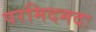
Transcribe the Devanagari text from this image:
परमिदमदः